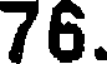
76.